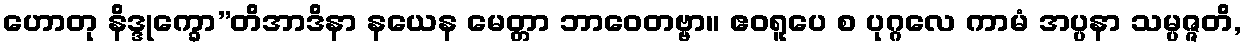
ဟောတု နိဒ္ဒုက္ခော”တိအာဒိနာ နယေန မေတ္တာ ဘာဝေတဗ္ဗာ။ ဧဝရူပေ စ ပုဂ္ဂလေ ကာမံ အပ္ပနာ သမ္ပဇ္ဇတိ,